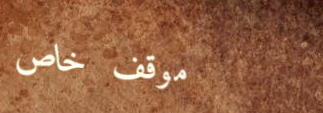
موقف خاص